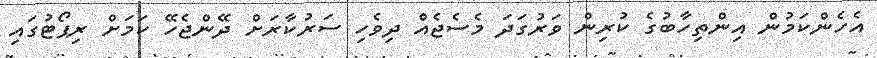
އެހެންކަމުން އިންތިހާބުގެ ކުރިން ވަރުގަދަ މެސެޖެއް ދިވެހި ސަރުކާރަށް ދޭންޖެހޭ ކަމަށް ރިޕޯޓުގައި